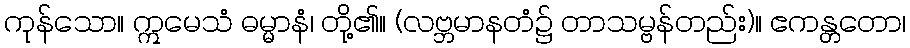
ကုန်သော။ ဣမေသံ ဓမ္မာနံ၊ တို့၏။ (လဗ္ဘမာနတံ၌ တာသမ္ဗန်တည်း)။ ဧကန္တတော၊